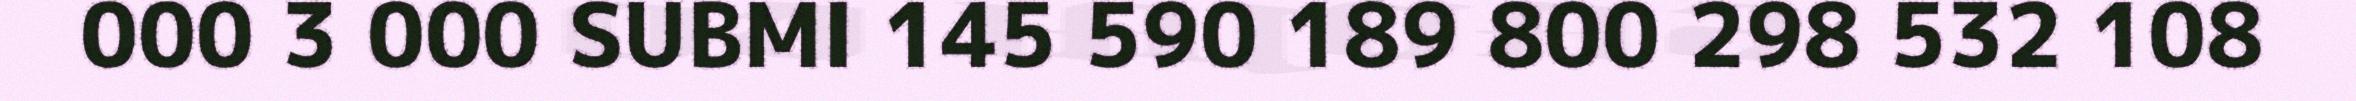
000 3 000 SUBMI 145 590 189 800 298 532 108